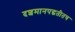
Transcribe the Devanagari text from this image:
दशमानपद्धतीतच